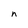
Character: n